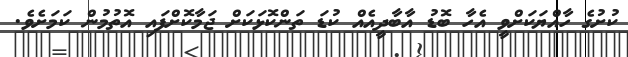
ކުށުގެ ހާއްޔަކަށްވީ އެހާ ބޮޑު އާބާދީއެއް ކުޑަ ތަންކޮޅަކަށް ޖަމާކޮށްފައި އޮތުމުން ކަމަށެވެ.